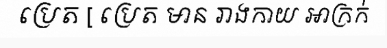
ប្រេត [ ប្រេត មាន រាងកាយ អាក្រក់